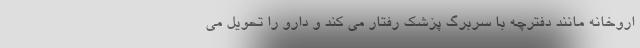
اروخانه مانند دفترچه با سربرگ پزشک رفتار می کند و دارو را تحویل می